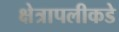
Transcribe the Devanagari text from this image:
क्षेत्रापलीकडे